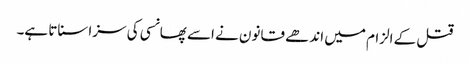
قتل کے الزام میں اندھے قانون نے اسے پھانسی کی سزا سناتا ہے۔